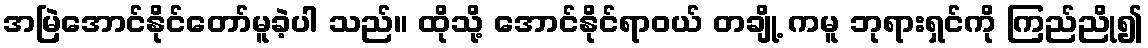
အမြဲအောင်နိုင်တော်မူခဲ့ပါ သည်။ ထိုသို့ အောင်နိုင်ရာဝယ် တချို့ ကမူ ဘုရားရှင်ကို ကြည်ညို၍